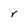
Character: r